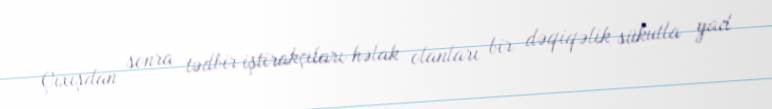
Çıxışdan sonra tədbir iştirakçıları həlak olanları bir dəqiqəlik sükutla yad